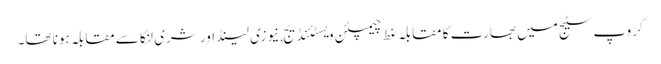
گروپ سٹیج میں بھارت کا مقابلہ غط چیمپئن ویسٹئنڈیج,نیوزی لینڈ اور شری لنکا سے مقابلہ ہونا تھا۔